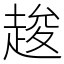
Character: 䞭